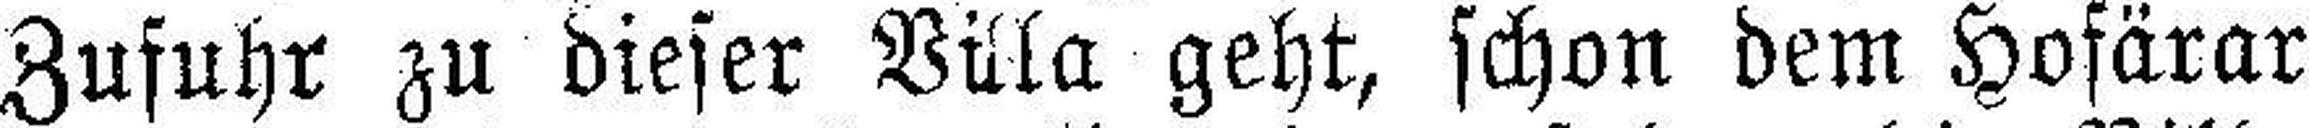
Zufuhr zu dieser Villa geht, schon dem Hofärar